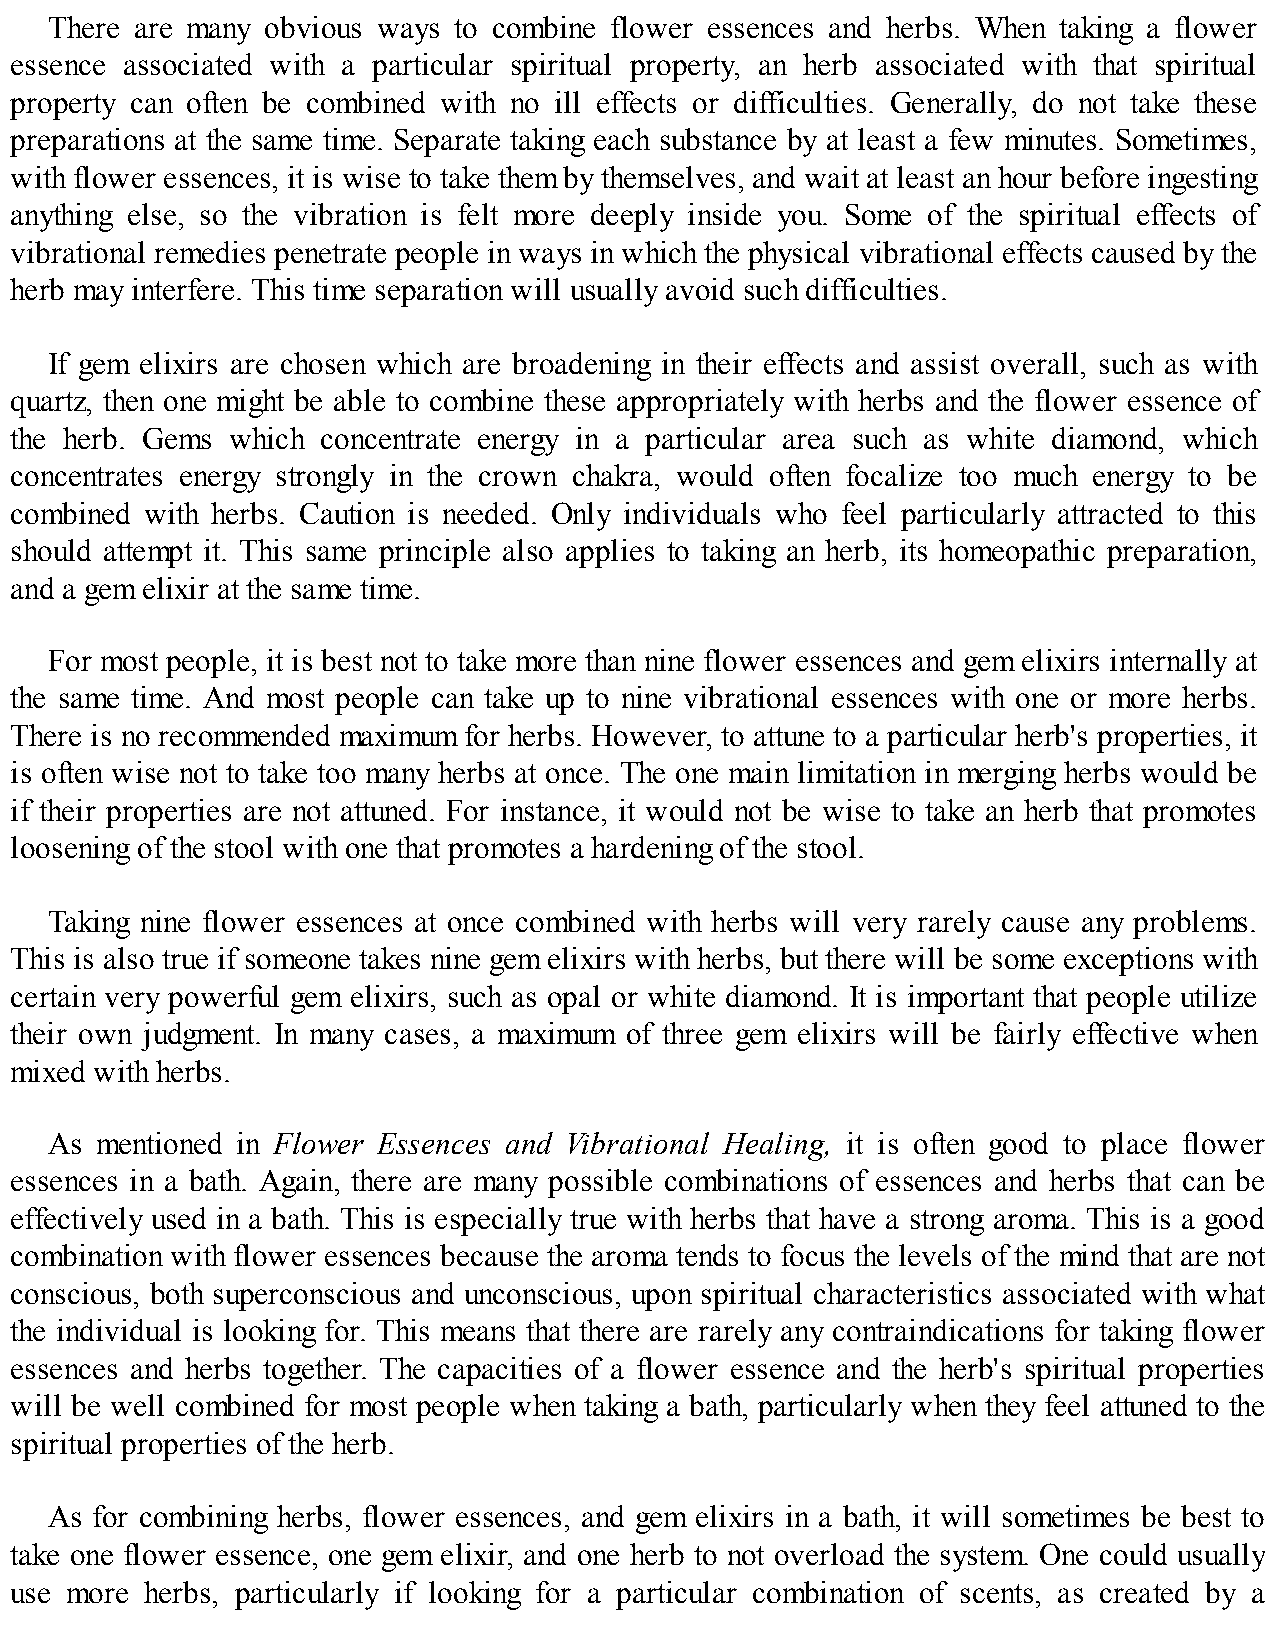
There are many obvious ways to combine flower essences and herbs. When taking a flower
 essence associated with a particular spiritual property, an herb associated with that spiritual
 property can often be combined with no ill effects or difficulties. Generally, do not take these
 preparations at the same time. Separate taking each substance by at least a few minutes. Sometimes,
 with flower essences, it is wise to take them by themselves, and wait at least an hour before ingesting
 anything else, so the vibration is felt more deeply inside you. Some of the spiritual effects of
 vibrational remedies penetrate people in ways in which the physical vibrational effects caused by the
 herb may interfere. This time separation will usually avoid such difficulties.
 If gem elixirs are chosen which are broadening in their effects and assist overall, such as with
 quartz, then one might be able to combine these appropriately with herbs and the flower essence of
 the herb. Gems which concentrate energy in a particular area such as white diamond, which
 concentrates energy strongly in the crown chakra, would often focalize too much energy to be
 combined with herbs. Caution is needed. Only individuals who feel particularly attracted to this
 should attempt it. This same principle also applies to taking an herb, its homeopathic preparation,
 and a gem elixir at the same time.
 For most people, it is best not to take more than nine flower essences and gem elixirs internally at
 the same time. And most people can take up to nine vibrational essences with one or more herbs.
 There is no recommended maximum for herbs. However, to attune to a particular herb's properties, it
 is often wise not to take too many herbs at once. The one main limitation in merging herbs would be
 if their properties are not attuned. For instance, it would not be wise to take an herb that promotes
 loosening of the stool with one that promotes a hardening of the stool.
 Taking nine flower essences at once combined with herbs will very rarely cause any problems.
 This is also true if someone takes nine gem elixirs with herbs, but there will be some exceptions with
 certain very powerful gem elixirs, such as opal or white diamond. It is important that people utilize
 their own judgment. In many cases, a maximum of three gem elixirs will be fairly effective when
 mixed with herbs.
 As mentioned in Flower Essences and Vibrational Healing, it is often good to place flower
 essences in a bath. Again, there are many possible combinations of essences and herbs that can be
 effectively used in a bath. This is especially true with herbs that have a strong aroma. This is a good
 combination with flower essences because the aroma tends to focus the levels of the mind that are not
 conscious, both superconscious and unconscious, upon spiritual characteristics associated with what
 the individual is looking for. This means that there are rarely any contraindications for taking flower
 essences and herbs together. The capacities of a flower essence and the herb's spiritual properties
 will be well combined for most people when taking a bath, particularly when they feel attuned to the
 spiritual properties of the herb.
 As for combining herbs, flower essences, and gem elixirs in a bath, it will sometimes be best to
 take one flower essence, one gem elixir, and one herb to not overload the system. One could usually
 use more herbs, particularly if looking for a particular combination of scents, as created by a